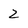
Character: 2